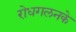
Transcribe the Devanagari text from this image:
रोधगलनके